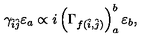
\gamma _ { \hat { i } \hat { j } } \varepsilon _ { a } \propto i \left( \Gamma _ { f ( \hat { i } , \hat { j } ) } \right) _ { a } ^ { b } \varepsilon _ { b } ,